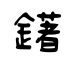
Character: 鐯